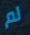
لم